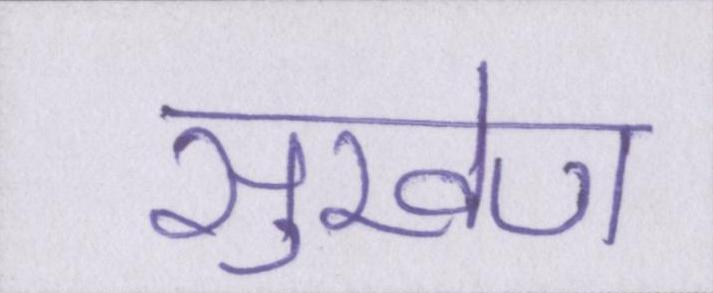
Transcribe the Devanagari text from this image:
सुखेण